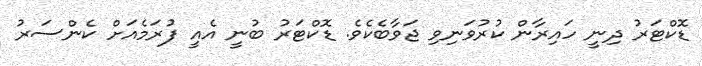
ޑޮކްޓަރު ދިނީ ހައިރާން ކުރުވަނިވި ޖަވާބެކެވެ. ޑޮކްޓަރު ބުނީ އެއީ ފުރަމެއަށް ކެންސަރު